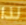
لذا